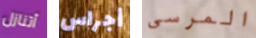
أتنازل أجراس المرسى